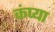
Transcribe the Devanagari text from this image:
कंप्या